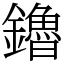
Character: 鑥